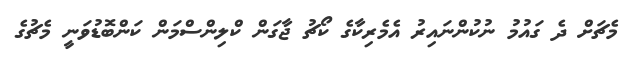
މެޗަށް ދެ ގައުމު ނުކުންނައިރު އެމެރިކާގެ ކޯޗު ޖާގަން ކްލިންސްމަން ކަންބޮޑުވަނީ މެޗުގެ